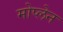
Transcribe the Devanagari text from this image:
मोप्लेन